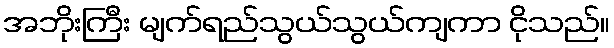
အဘိုးကြီး မျက်ရည်သွယ်သွယ်ကျကာ ငိုသည်။